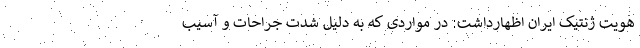
هویت ژنتیک ایران اظهارداشت: در مواردی که به دلیل شدت جراحات و آسیب